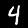
Label: 4